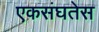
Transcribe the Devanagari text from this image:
एकसंघतेस